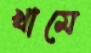
খামে